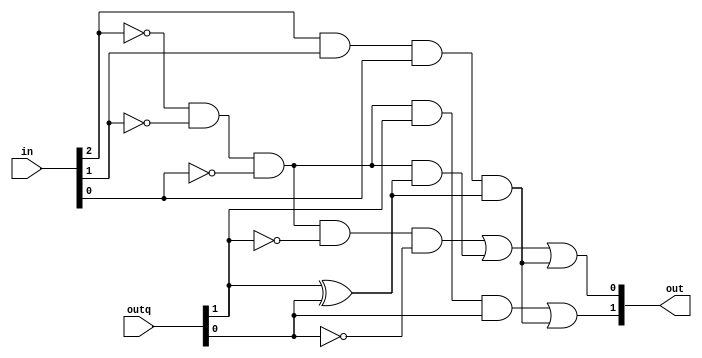
module nextstate_mealy(out,in,outq);
	output wire [1:0] out;
	input wire [2:0] in;
	input wire [1:0] outq;
	wire [2:0] in_bar;
	wire outand1,outand2,outand3,outand4,outand6,outand7,outand8,outxor1;
	wire [1:0] outq_bar;
	not not11(in_bar[2],in[2]);
	not not22(in_bar[1],in[1]);
	not not33(in_bar[0],in[0]);
	not not44(outq_bar[1],outq[1]);
	not not55(outq_bar[0],outq[0]);
	
	and and11(outand1,in[2],in[1],in[0]);
	and and22(outand2,in_bar[2],in_bar[1],in_bar[0]);
	xor xor1(outxor1,outq[1],outq[0]);
	and and33(outand3,outand1,outxor1);
	and and44(outand4,outand2,outq[1],outq[0]);
	or d1_mealy(out[1],outand4,outand3);
	
	and and66(outand6,outand2,outq_bar[1],outq_bar[0]);
	and and77(outand7,outand2,outxor1);
	and and88(outand8,outand1,outxor1);
	or d0_mealy(out[0],outand6,outand7,outand8);
	
endmodule